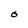
Character: 0